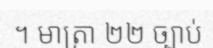
។ មាត្រា ២២ ច្បាប់